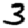
Digit: 3